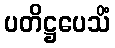
ပတိဋ္ဌပေသိံ